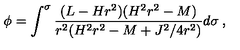
\phi = \int ^ { \sigma } \frac { ( L - H r ^ { 2 } ) ( H ^ { 2 } r ^ { 2 } - M ) } { r ^ { 2 } ( H ^ { 2 } r ^ { 2 } - M + J ^ { 2 } / 4 r ^ { 2 } ) } d \sigma \: ,